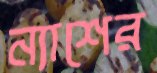
ন্যাশের